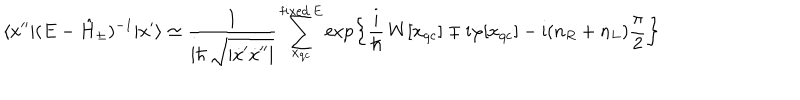
\langle x ^ { \prime \prime } | ( E - \hat { H } _ { \pm } ) ^ { - 1 } | x ^ { \prime } \rangle \simeq \frac { 1 } { \mathrm { i } \hbar \, \sqrt { | \dot { x } ^ { \prime } \dot { x } ^ { \prime \prime } | } } \sum _ { x _ { \mathrm { q c } } } ^ { \mathrm { f i x e d } \, E } \exp \left\{ \frac { \mathrm { i } } { \hbar } \, W [ x _ { \mathrm { q c } } ] \mp \mathrm { i } \varphi [ x _ { \mathrm { q c } } ] - \mathrm { i } ( n _ { R } + n _ { L } ) \frac { \pi } { 2 } \right\}